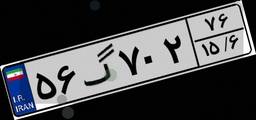
۷۵گ۲۲۲۰۰